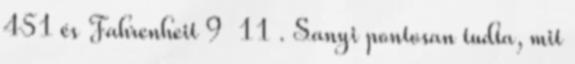
451 és Fahrenheit 9 11 . Sanyi pontosan tudta, mit